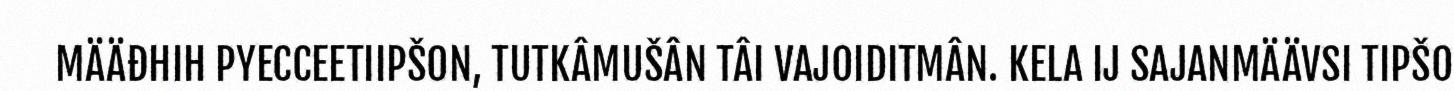
MÄÄĐHIH PYECCEETIIPŠON, TUTKÂMUŠÂN TÂI VAJOIDITMÂN. KELA IJ SAJANMÄÄVSI TIPŠO